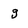
Character: g